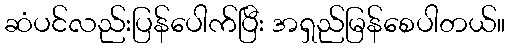
ဆံပင်လည်းပြန်ပေါက်ပြီး အရှည်မြန်စေပါတယ်။